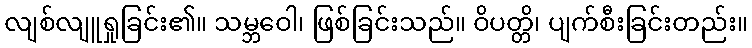
လျစ်လျူရှုခြင်း၏။ သမ္ဘဝေါ၊ ဖြစ်ခြင်းသည်။ ဝိပတ္တိ၊ ပျက်စီးခြင်းတည်း။